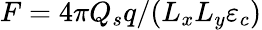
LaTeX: F=4\pi Q_{s}q/(L_{x}L_{y}\varepsilon_{c})